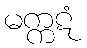
မက္ကဋံ